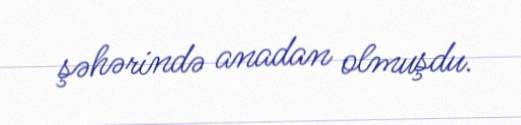
şəhərində anadan olmuşdu.